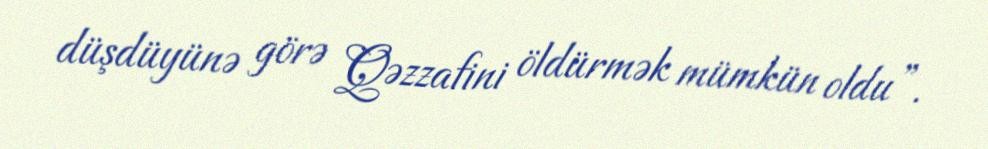
düşdüyünə görə Qəzzafini öldürmək mümkün oldu”.